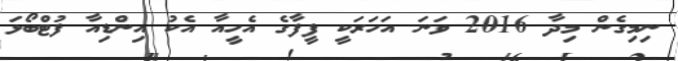
ނިމިގެން މިދާ 2016 ވަނަ އަހަރަކީ ފީފާގެ އެހީއާ އެކު އިންޑިއާ ފުޓްބޯޅަ